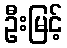
ဦးမြင့်